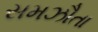
સમઝૌતા